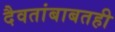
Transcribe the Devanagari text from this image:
दैवतांबाबतही